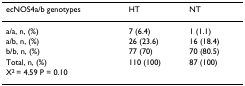
<table><thead><tr><td><b>ecNOS4a/b genotypes</b></td><td><b>HT</b></td><td><b>NT</b></td></tr></thead><tbody><tr><td>a/a, n, (%)</td><td>7 (6.4)</td><td>1 (1.1)</td></tr><tr><td>a/b, n, (%)</td><td>26 (23.6)</td><td>16 (18.4)</td></tr><tr><td>b/b, n, (%)</td><td>77 (70)</td><td>70 (80.5)</td></tr><tr><td>Total, n, (%)</td><td>110 (100)</td><td>87 (100)</td></tr><tr><td colspan="3">X<sup>2 </sup>= 4.59 P = 0.10</td></tr></tbody></table>